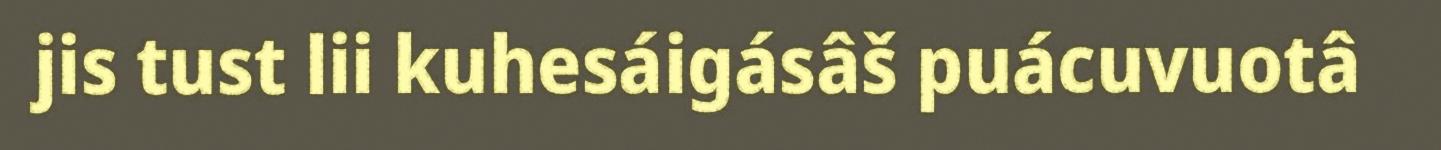
jis tust lii kuhesáigásâš puácuvuotâ